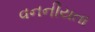
વનનીયતા